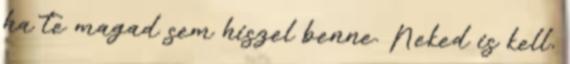
ha te magad sem hiszel benne. Neked is kell,